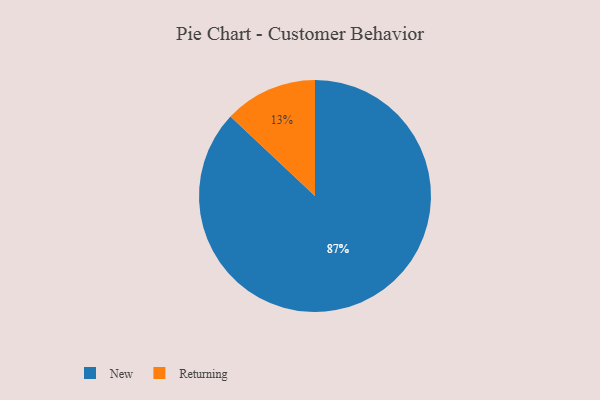
{"axis": {"x": "Category", "y": "Percentage"}, "legend": ["New", "Returning"], "data": [{"x": "New", "y": 87, "type": "New"}, {"x": "Returning", "y": 13, "type": "Returning"}]}